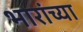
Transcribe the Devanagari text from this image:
भारांच्या